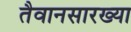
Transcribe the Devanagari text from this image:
तैवानसारख्या